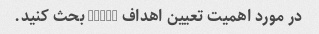
در مورد اهمیت تعیین اهداف SMART بحث کنید.